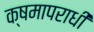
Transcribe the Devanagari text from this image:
क्षमापराधी